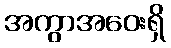
အကွာအဝေးရှိ